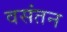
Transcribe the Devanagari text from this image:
वसंतन